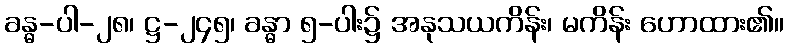
ခန္ဓ-ပါ-၂၈၊ ဋ္ဌ-၂၄၅၊ ခန္ဓာ ၅-ပါး၌ အနုသယကိန်း၊ မကိန်း ဟောထား၏။